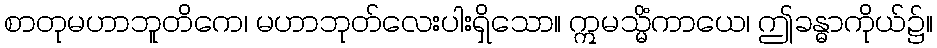
စာတုမဟာဘူတိကေ၊ မဟာဘုတ်လေးပါးရှိသော။ ဣမသ္မိံကာယေ၊ ဤခန္ဓာကိုယ်၌။